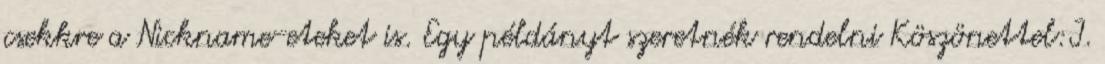
csekkre a Nickname-eteket is. Egy példányt szeretnék rendelni Köszönettel:I.